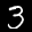
Label: 3